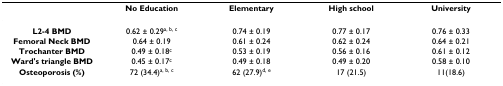
|  | No Education | Elementary | High school | University |
 | --- | --- | --- | --- | --- |
 | L2-4 BMD | 0.62 ± 0.29a, b, c | 0.74 ± 0.19 | 0.77 ± 0.17 | 0.76 ± 0.33 |
 | Femoral Neck BMD | 0.64 ± 0.19 | 0.61 ± 0.24 | 0.62 ± 0.24 | 0.64 ± 0.21 |
 | Trochanter BMD | 0.49 ± 0.18c | 0.53 ± 0.19 | 0.56 ± 0.16 | 0.61 ± 0.12 |
 | Ward's triangle BMD | 0.45 ± 0.17c | 0.49 ± 0.18 | 0.49 ± 0.20 | 0.58 ± 0.10 |
 | Osteoporosis (%) | 72 (34.4)a, b, c | 62 (27.9)d, e | 17 (21.5) | 11(18.6) |